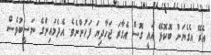
އެރޭ އެގެޔަށް ބޮކޮޅޭ އައީ ގޮސް އެގާރަ ޖަހާދިޔަ ފަހުންނެވެ. އެދެމައިންގެ ނަސީބުވެސް